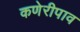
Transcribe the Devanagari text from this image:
कणेरीपाव